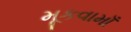
મૂકવામાઁ